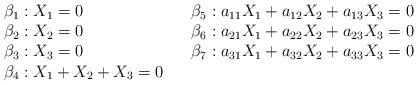
LaTeX: \begin{align*}\begin{array}{lll}\beta_1: X_1=0 & & \beta_5 : a_{11}X_1 + a_{12}X_2 + a_{13}X_3 = 0 \\\beta_2: X_2=0 & & \beta_6 : a_{21}X_1 + a_{22}X_2 + a_{23}X_3 = 0 \\\beta_3: X_3=0 & & \beta_7 : a_{31}X_1 + a_{32}X_2 + a_{33}X_3 = 0 \\\beta_4: X_1+X_2+X_3=0\end{array}\end{align*}